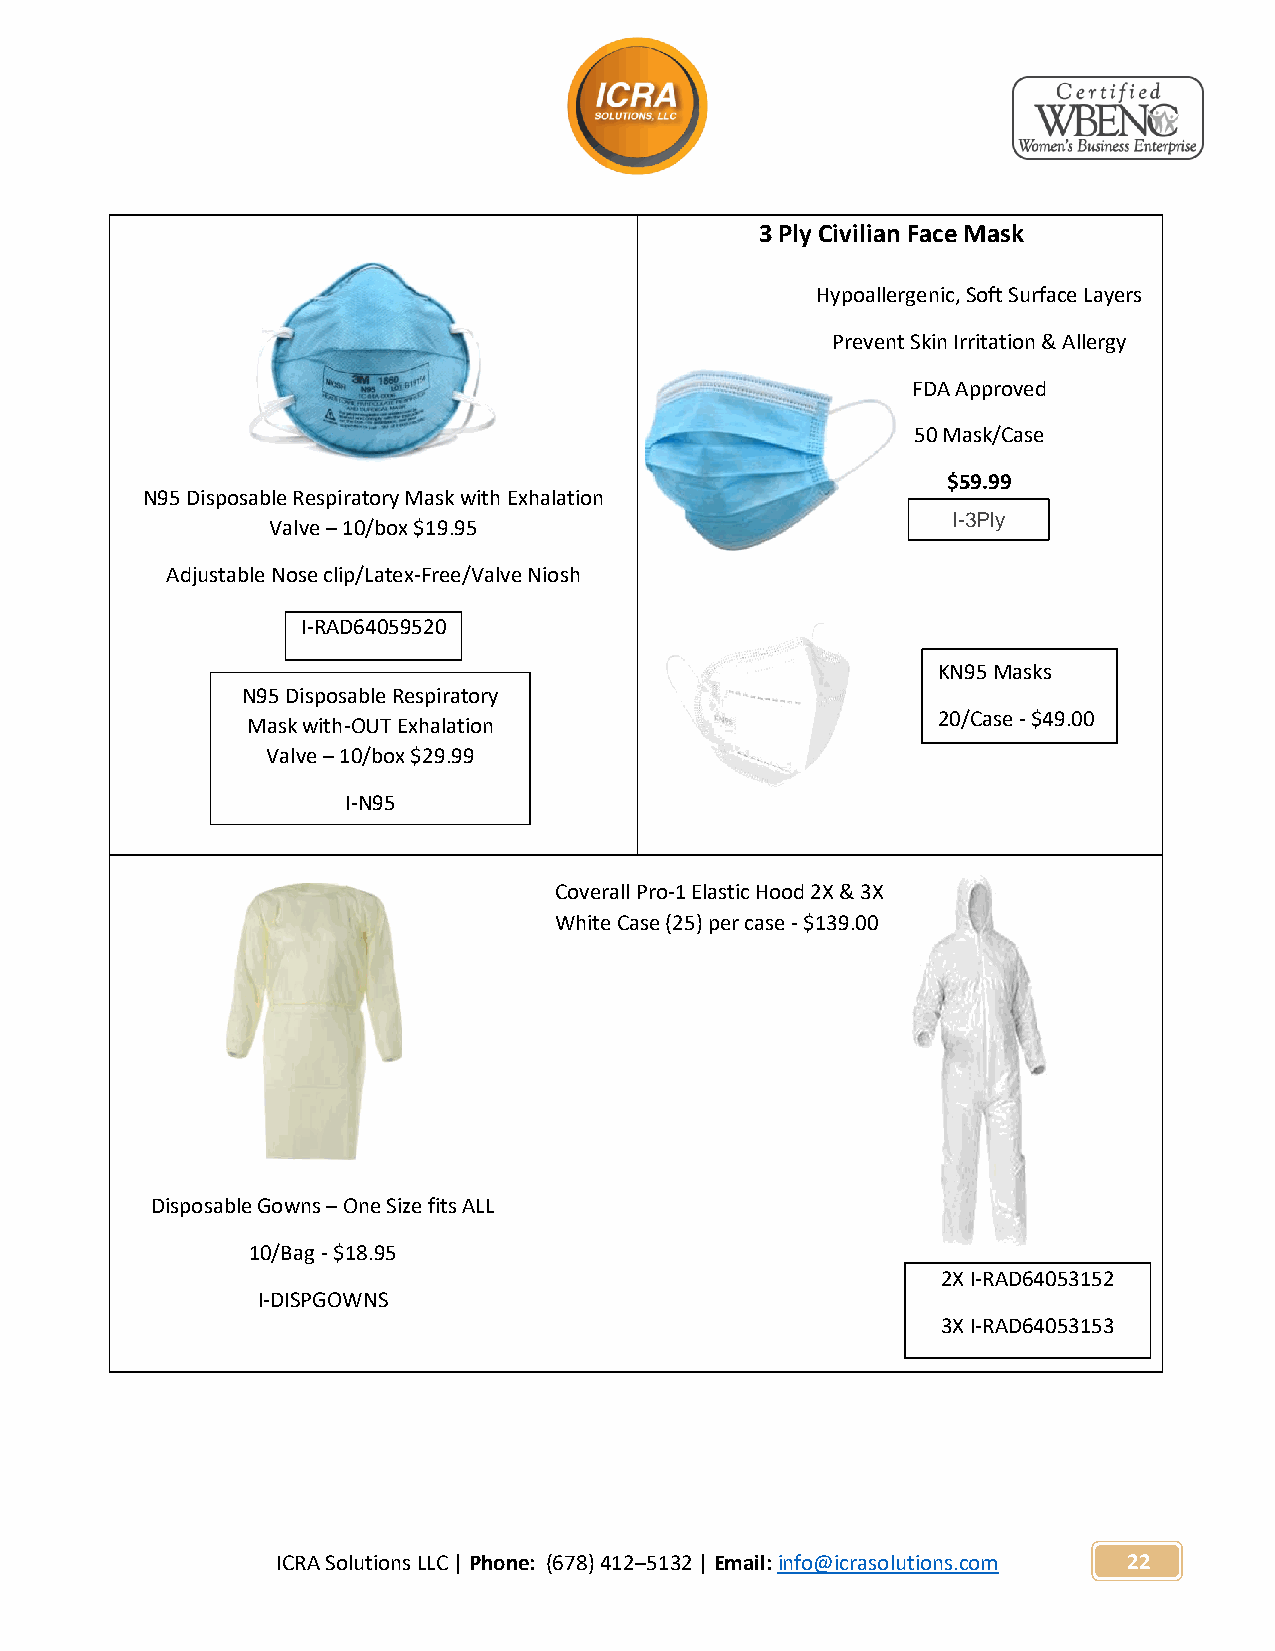
3 Ply Civilian Face Mask
 Hypoallergenic, Soft Surface Layers
 Prevent Skin Irritation & Allergy
 FDA Approved
 50 Mask/Case
 $59.99
 N95 Disposable Respiratory Mask with Exhalation
 I-3Ply
 Valve – 10/box $19.95
 Adjustable Nose clip/Latex-Free/Valve Niosh
 I-RAD64059520
 KN95 Masks
 N95 Disposable Respiratory
 20/Case - $49.00
 Mask with-OUT Exhalation
 Valve – 10/box $29.99
 I-N95
 Coverall Pro-1 Elastic Hood 2X & 3X
 White Case (25) per case - $139.00
 Disposable Gowns – One Size fits ALL
 10/Bag - $18.95
 2X I-RAD64053152
 I-DISPGOWNS
 3X I-RAD64053153
 ICRA Solutions LLC | Phone: (678) 412–5132 | Email: info@icrasolutions.com 22